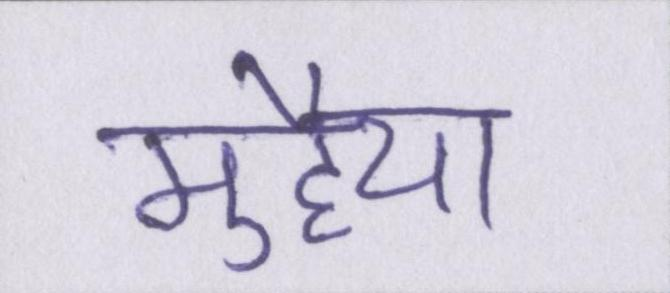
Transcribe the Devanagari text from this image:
मुहैया